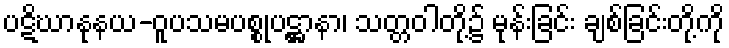
ပဋိဃာနုနယ-ဝူပသမပစ္စုပဋ္ဌာနာ၊ သတ္တဝါတို့၌ မုန်းခြင်း ချစ်ခြင်းတို့ကို